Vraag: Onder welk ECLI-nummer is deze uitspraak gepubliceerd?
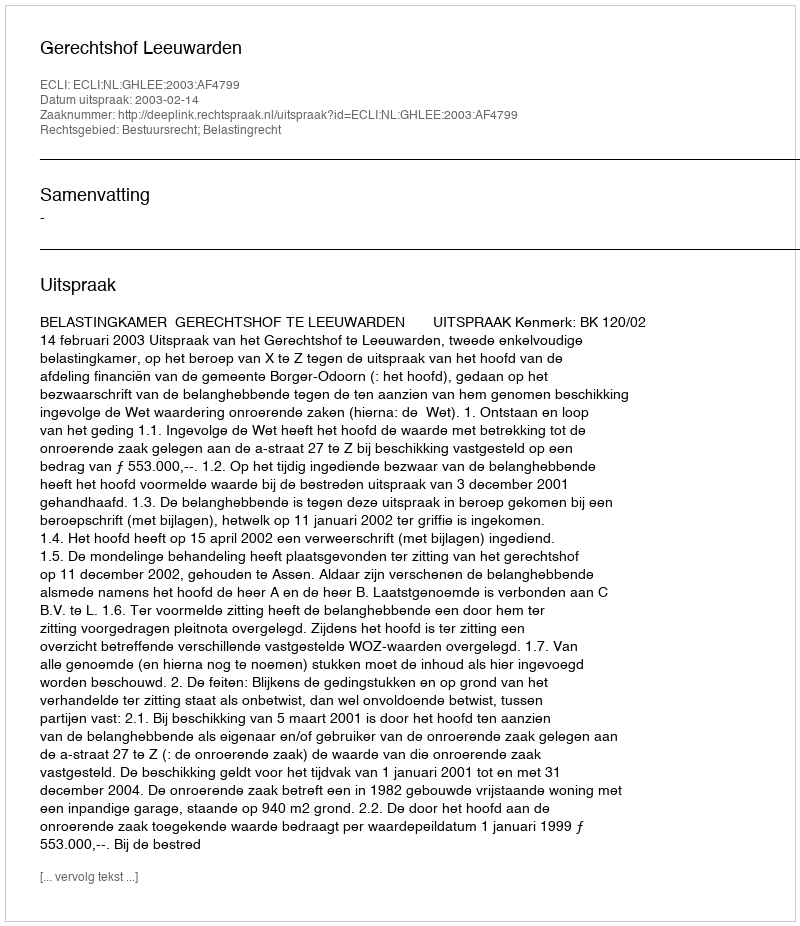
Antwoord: ECLI:NL:GHLEE:2003:AF4799